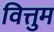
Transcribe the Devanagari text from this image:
वित्तुम